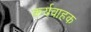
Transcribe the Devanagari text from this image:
कर्यवाहक